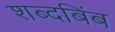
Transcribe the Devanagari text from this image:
शब्दबिंब